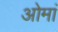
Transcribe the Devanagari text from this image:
ओमां